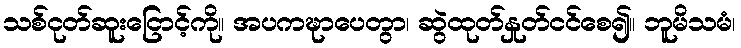
သစ်ငုတ်ဆူးငြောင့်ကို။ အပကဍ္ဎာပေတွာ၊ ဆွဲထုတ်နှုတ်ငင်စေ၍။ ဘူမိသမံ၊